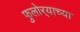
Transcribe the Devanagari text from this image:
फुलोर्‍याच्या